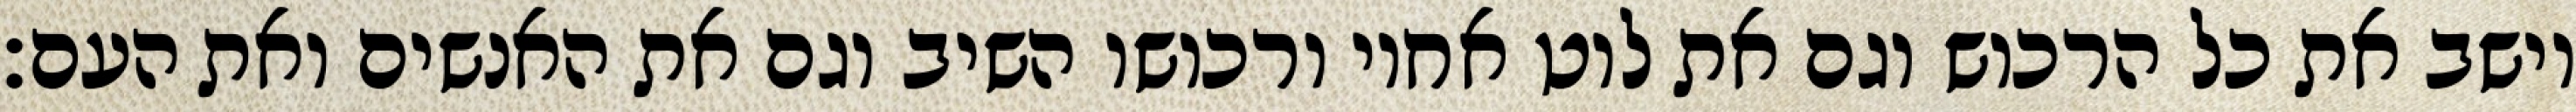
וישב את כל הרכוש וגם את לוט אחיו ורכושו השיב וגם את האנשים ואת העם׃